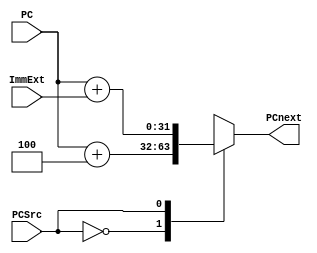
module NPCcalc(
		input PCSrc,
		input [31:0] PC,
		input [31:0] ImmExt,
		output reg [31:0] PCnext);
		
	always @(*)
	begin
		case (PCSrc)
			1'b0: PCnext = PC + 3'd4;
			1'b1: PCnext = PC + ImmExt;
			default: PCnext = PC + 3'd4;
		endcase
	end
	
endmodule